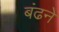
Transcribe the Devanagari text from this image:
बंढने